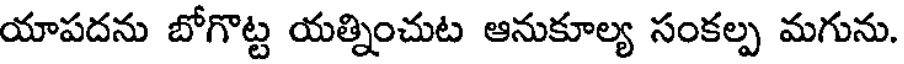
యాపదను బోగొట్ట యత్నించుట ఆనుకూల్య సంకల్ప మగును.